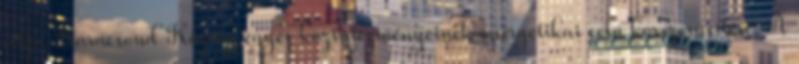
célja Karácsond Község egyes közintézményeinek energetikai célú korszerűsítése. A